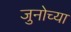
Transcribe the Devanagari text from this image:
जुनोच्या